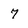
Character: 7